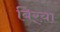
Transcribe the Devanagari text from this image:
बिर्‍या